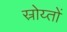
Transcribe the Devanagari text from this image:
स्रोय्तों